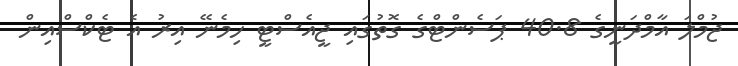
ޖުމްލަ އާމްދަނީގެ 40.8 ޕަސެންޓްގެ ގޮތުގައި ޖީއެސްޓީ ހިމެނޭ އިރު އެ ޓެކްސްއިން